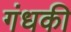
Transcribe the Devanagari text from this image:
गंधकी